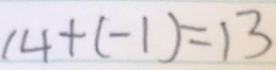
1 4 + ( - 1 ) = 1 3